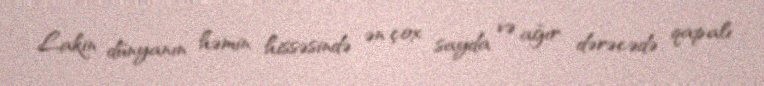
Lakin dünyanın həmin hissəsində ən çox sayda və ağır dərəcədə qapalı